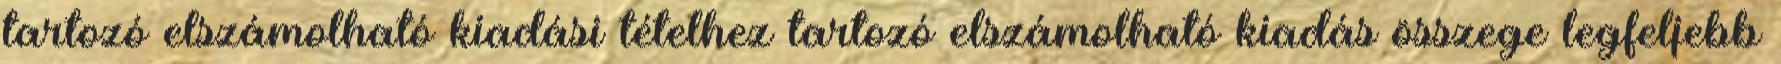
tartozó elszámolható kiadási tételhez tartozó elszámolható kiadás összege legfeljebb